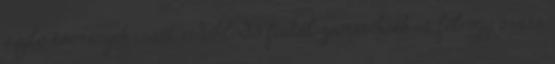
zajló események iránt érdeklődő fiatal gamereknek is, fél-egy órára